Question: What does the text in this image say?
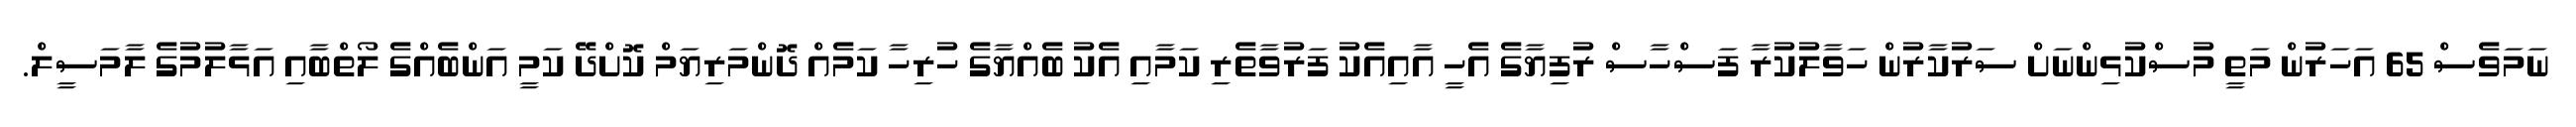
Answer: ނަމަވެސް 65 އަހަރުން މަތީ މުސްކުޅިންނަށް ސަރުކާރުން ހަވާލުކުރާ ފަސްހާސް ރުފިޔާގެ އެހީ އާއިއެކު ފަރުވާތެރި ކަމާއި އެކު ބެއްޔާގެ ހުރިހާ ކަމެއް ދޮންމަރިޔަމް ކޮށްދޭ ކަމީ އަންބެއްގެ ލޯތްބާއި އަޅާލުމުގެ ލާމަސީލް.